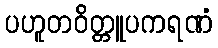
ပဟူတဝိတ္တူပကရဏံ